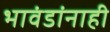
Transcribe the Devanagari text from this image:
भावंडांनाही